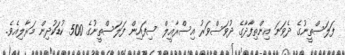
ފަލަސްތީނުގެ ދެވަނަ އިންތިފާދާގެ ދުވަސްވަރު އިސްރާއީލް ސިފައިން ފަލަސްތީނުގެ 500 ކުޑަކުދިން މަރާލިއެވެ.